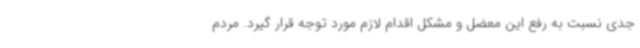
جدی نسبت به رفع این معضل و مشکل اقدام لازم مورد توجه قرار گیرد. مردم